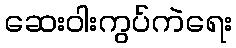
ဆေးဝါးကွပ်ကဲရေး